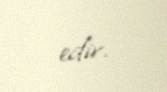
edir.